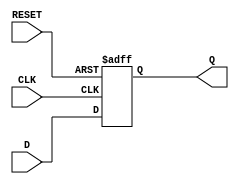
module D_FF_IF_ELSE(CLK, RESET, D, Q);
    input CLK, RESET, D;
    output Q;

    reg Q;
    
    always @(negedge CLK or negedge RESET)
        if (!RESET)
            Q = 0;
        else
            Q = D;
endmodule